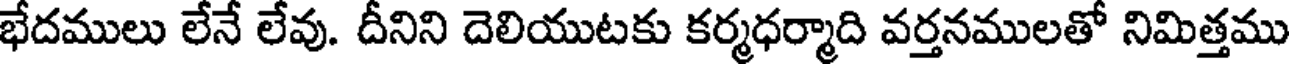
భేదములు లేనే లేవు. దీనిని దెలియుటకు కర్మధర్మాది వర్తనములతో నిమిత్తము